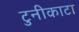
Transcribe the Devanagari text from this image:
टुनीकाटा